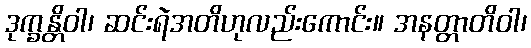
ဒုက္ခန္တိဝါ၊ ဆင်းရဲအတိဟုလည်းကောင်း။ အနတ္တာတိဝါ၊